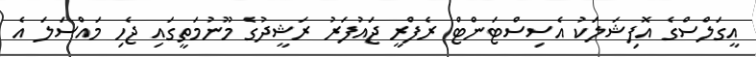
އީގަލްސްގެ އޮފިޝަލަކު އެސިސްޓަންޓް ރެފްރީ ޖައުފަރު ރަޝީދުގެ މޫނުމަތީގައި ޖެހި މައްސަލަ އެ